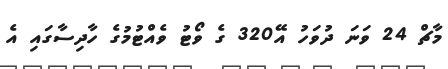
މާޗް 24 ވަނަ ދުވަހު އޭ320 ގެ ވޯޓު ވެއްޓުމުގެ ހާާދިސާގައި އެ